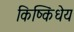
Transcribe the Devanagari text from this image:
किष्किंधेय